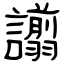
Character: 譾